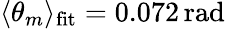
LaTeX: \langle\theta_{m}\rangle_{\mathrm{fit}}=0.072\, \mathrm{rad}